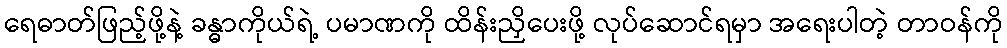
ရေဓာတ်ဖြည့်ဖို့နဲ့ ခန္ဓာကိုယ်ရဲ့ ပမာဏကို ထိန်းညှိပေးဖို့ လုပ်ဆောင်ရမှာ အရေးပါတဲ့ တာဝန်ကို